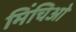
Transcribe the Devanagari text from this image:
मिंचिओ